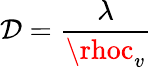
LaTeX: \mathcal{D}=\frac{{\lambda}}{{\rhoc_{v}}}